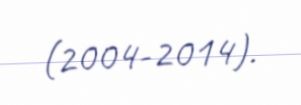
(2004-2014).